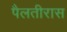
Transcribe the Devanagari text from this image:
पैलतीरास